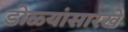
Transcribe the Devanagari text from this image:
डोळ्यांसारखे